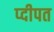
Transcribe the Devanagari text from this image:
प्दीपत